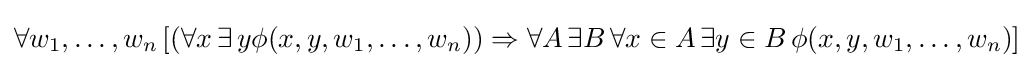
\forall w_{1},\ldots ,w_{n}\,[(\forall x\,\exists \,y\phi (x,y,w_{1},\ldots ,w_{n}))\Rightarrow \forall A\,\exists B\,\forall x\in A\,\exists y\in B\,\phi (x,y,w_{1},\ldots ,w_{n})]